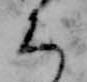
ち